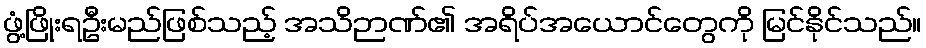
ဖွံ့ဖြိုးရဦးမည်ဖြစ်သည့် အသိဉာဏ်၏ အရိပ်အယောင်တွေကို မြင်နိုင်သည်။